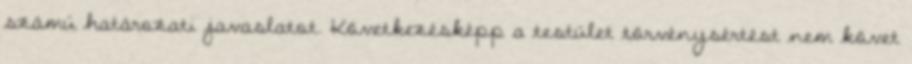
számú határozati javaslatot. Következésképp a testület törvénysértést nem követ